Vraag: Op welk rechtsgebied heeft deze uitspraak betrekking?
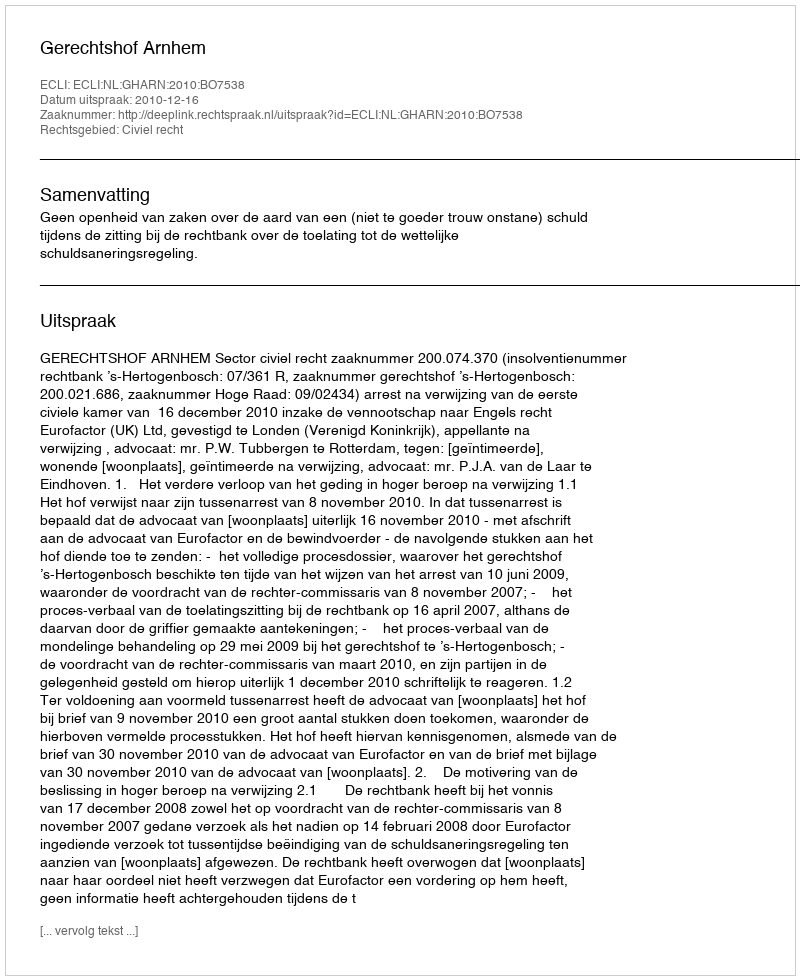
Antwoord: Civiel recht